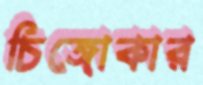
চিঙ্গোকার